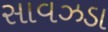
સાવઝડા